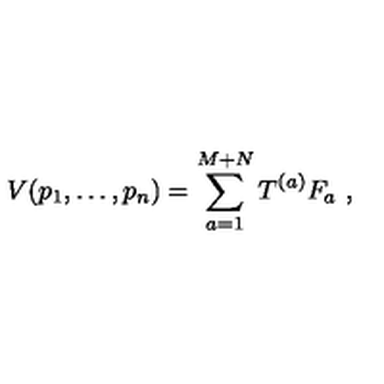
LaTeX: V ( p _ { 1 } , \ldots , p _ { n } ) = \sum _ { a = 1 } ^ { M + N } T ^ { ( a ) } F _ { a } \ ,